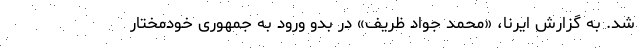
شد. به گزارش ایرنا، «محمد جواد ظریف» در بدو ورود به جمهوری خودمختار